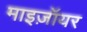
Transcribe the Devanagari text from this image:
माइज़ॉयर